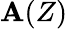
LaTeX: \mathbf{A}(Z)